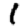
Digit: 1